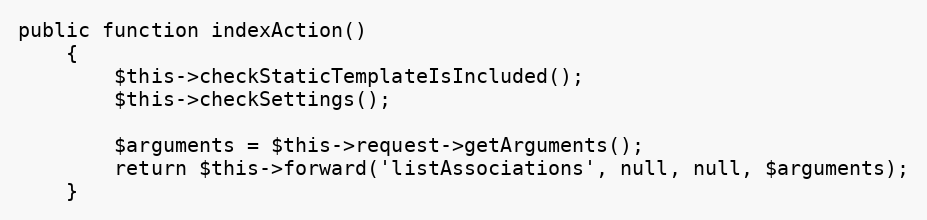
Language: PHP
public function indexAction()
    {
        $this->checkStaticTemplateIsIncluded();
        $this->checkSettings();

        $arguments = $this->request->getArguments();
        return $this->forward('listAssociations', null, null, $arguments);
    }